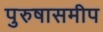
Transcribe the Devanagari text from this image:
पुरुषासमीप